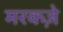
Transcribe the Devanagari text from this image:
मरकज़े